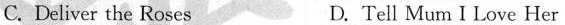
C.Deliver the Roses D. Tell Mum I Love Her